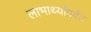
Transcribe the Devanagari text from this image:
लाभार्थ्यांपर्यंत